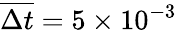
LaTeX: \overline{{\Delta t}}=5\times 10^{-3}